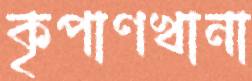
কৃপাণখানা